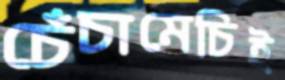
চেঁচামেচিই